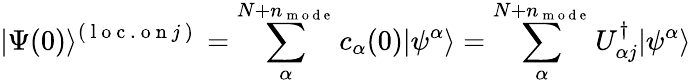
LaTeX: |\Psi(0)\rangle^{(\mathrm{~l~o~c~.~o~n~}j\mathrm{~)~}}=\sum_{\alpha}^{N+n_{\mathrm{~m~o~d~e~}}}c_{\alpha}(0)|\psi^{\alpha}\rangle=\sum_{\alpha}^{N+n_{\mathrm{~m~o~d~e~}}}U_{\alpha j}^{\dagger}|\psi^{\alpha}\rangle